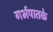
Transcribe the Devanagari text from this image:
गर्भपातके